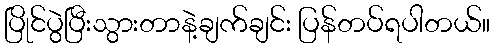
ပြိုင်ပွဲပြီးသွားတာနဲ့ချက်ချင်း ပြန်တပ်ရပါတယ်။